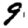
Digit: 9